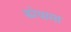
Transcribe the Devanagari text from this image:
कोयामा